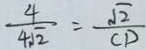
\frac { 4 } { 4 \sqrt { 2 } } = \frac { \sqrt { 2 } } { C D }